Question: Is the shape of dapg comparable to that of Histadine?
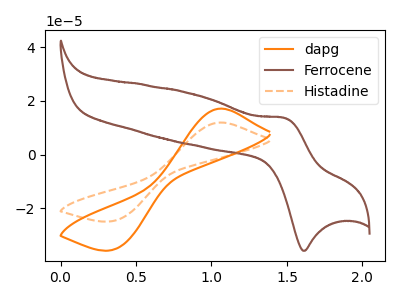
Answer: <think>The orange curve "dapg" has an anodic peak at (1.05V, 17.15uA) and a cathodic peak at (0.35V, -35.15uA). The brown curve "Ferrocene" has an anodic peak at (1.50V, 13.60uA) and a cathodic peak at (1.60V, -35.80uA). The orange dashed curve "Histadine" has an anodic peak at (1.05V, 11.95uA) and a cathodic peak at (0.35V, -24.50uA).
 All the peaks in "dapg" have a peak in "Histadine" at the same potential. Every peak in "dapg" is higher than every peak in "Histadine".</think>
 <answer>"dapg" and "Histadine" are similar in shape.</answer>
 <eval>same_shape</eval>